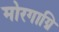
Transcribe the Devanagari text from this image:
मोरगाग्नि